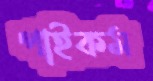
পাইকম